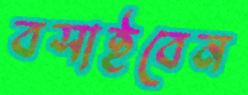
বসাইবেন